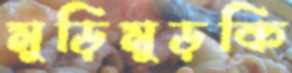
মুড়িমুড়কি